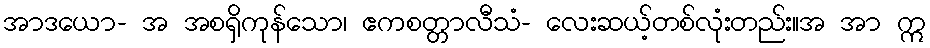
အာဒယော- အ အစရှိကုန်သော၊ ဧကစတ္တာလီသံ- လေးဆယ့်တစ်လုံးတည်း။အ အာ ဣ